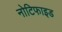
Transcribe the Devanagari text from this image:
नोटिफाइड